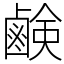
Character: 鹸